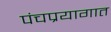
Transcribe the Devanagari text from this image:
पंचप्रयागात